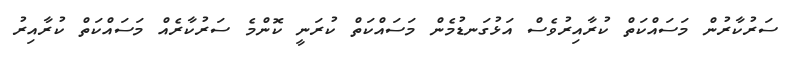
ސަރުކާރުން މަސައްކަތް ކުރާއިރުވެސް އަޅުގަނޑުމެން މަސައްކަތް ކުރަނީ ކޮންމެ ސަރުކާރެއް މަސައްކަތް ކުރާއިރު